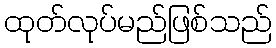
ထုတ်လုပ်မည်ဖြစ်သည်